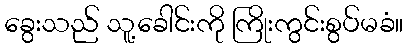
ခွေးသည် သူ့ခေါင်းကို ကြိုးကွင်းစွပ်မခံ။